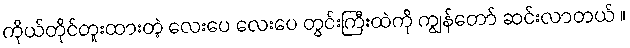
ကိုယ်တိုင်တူးထားတဲ့ လေးပေ လေးပေ တွင်းကြီးထဲကို ကျွန်တော် ဆင်းလာတယ် ။